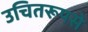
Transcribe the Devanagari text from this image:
उचितरूपसे